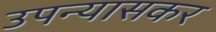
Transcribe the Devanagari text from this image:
उपन्यासकर